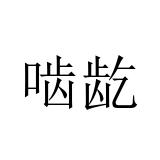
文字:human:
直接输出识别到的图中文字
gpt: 啮龁